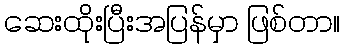
ဆေးထိုးပြီးအပြန်မှာ ဖြစ်တာ။